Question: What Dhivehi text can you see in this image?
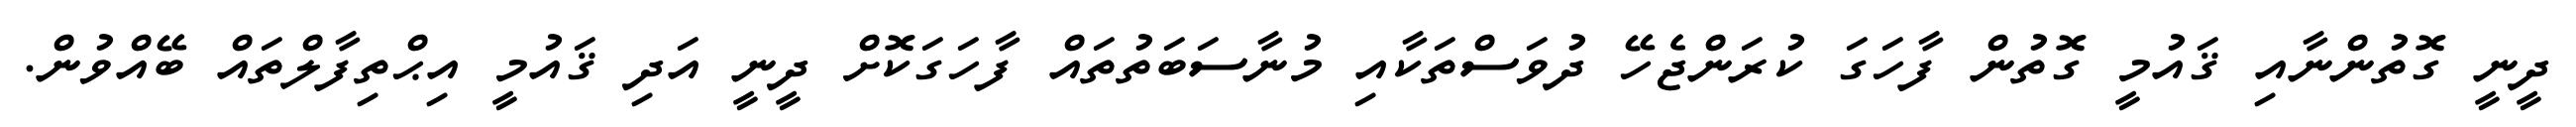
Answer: ދީނީ ގޮތުންނާއި ޤައުމީ ގޮތުން ފާހަގަ ކުރަންޖެހޭ ދުވަސްތަކާއި މުނާސަބަތުތައް ފާހަގަކޮށް ދީނީ އަދި ޤައުމީ އިޙްތިފާލްތައް ބޭއްވުން.